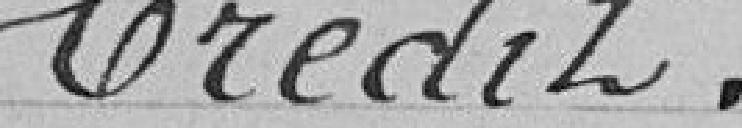
Crédit .